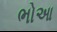
ભોઆ